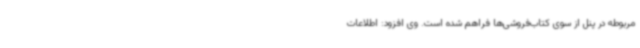
مربوطه در پنل از سوی کتاب‌فروشی‌ها فراهم شده است. وی افزود: اطلاعات